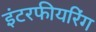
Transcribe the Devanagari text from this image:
इंटरफीयरिंग